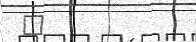
٢